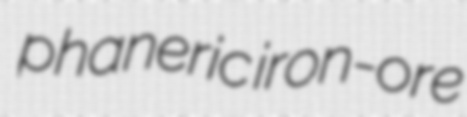
phaneric iron-ore